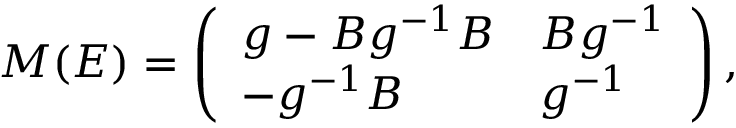
M ( E ) = \left( \begin{array} { l l } { { g - B g ^ { - 1 } B } } & { { B g ^ { - 1 } } } \\ { { - g ^ { - 1 } B } } & { { g ^ { - 1 } } } \end{array} \right) ,